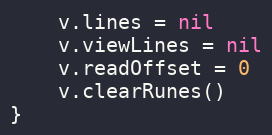
Language: Go
	v.lines = nil
	v.viewLines = nil
	v.readOffset = 0
	v.clearRunes()
}